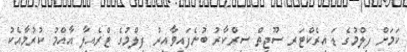
ކަމަށް ފިލްމުގެ ޑައިރެކްޓަރ ސޫޖިތް ސިރްކާރު ބުނެފައިވާއިރު ފިލްމުގެ ޓްރެއިލާ އާއްމު ކުރުމާއެކު